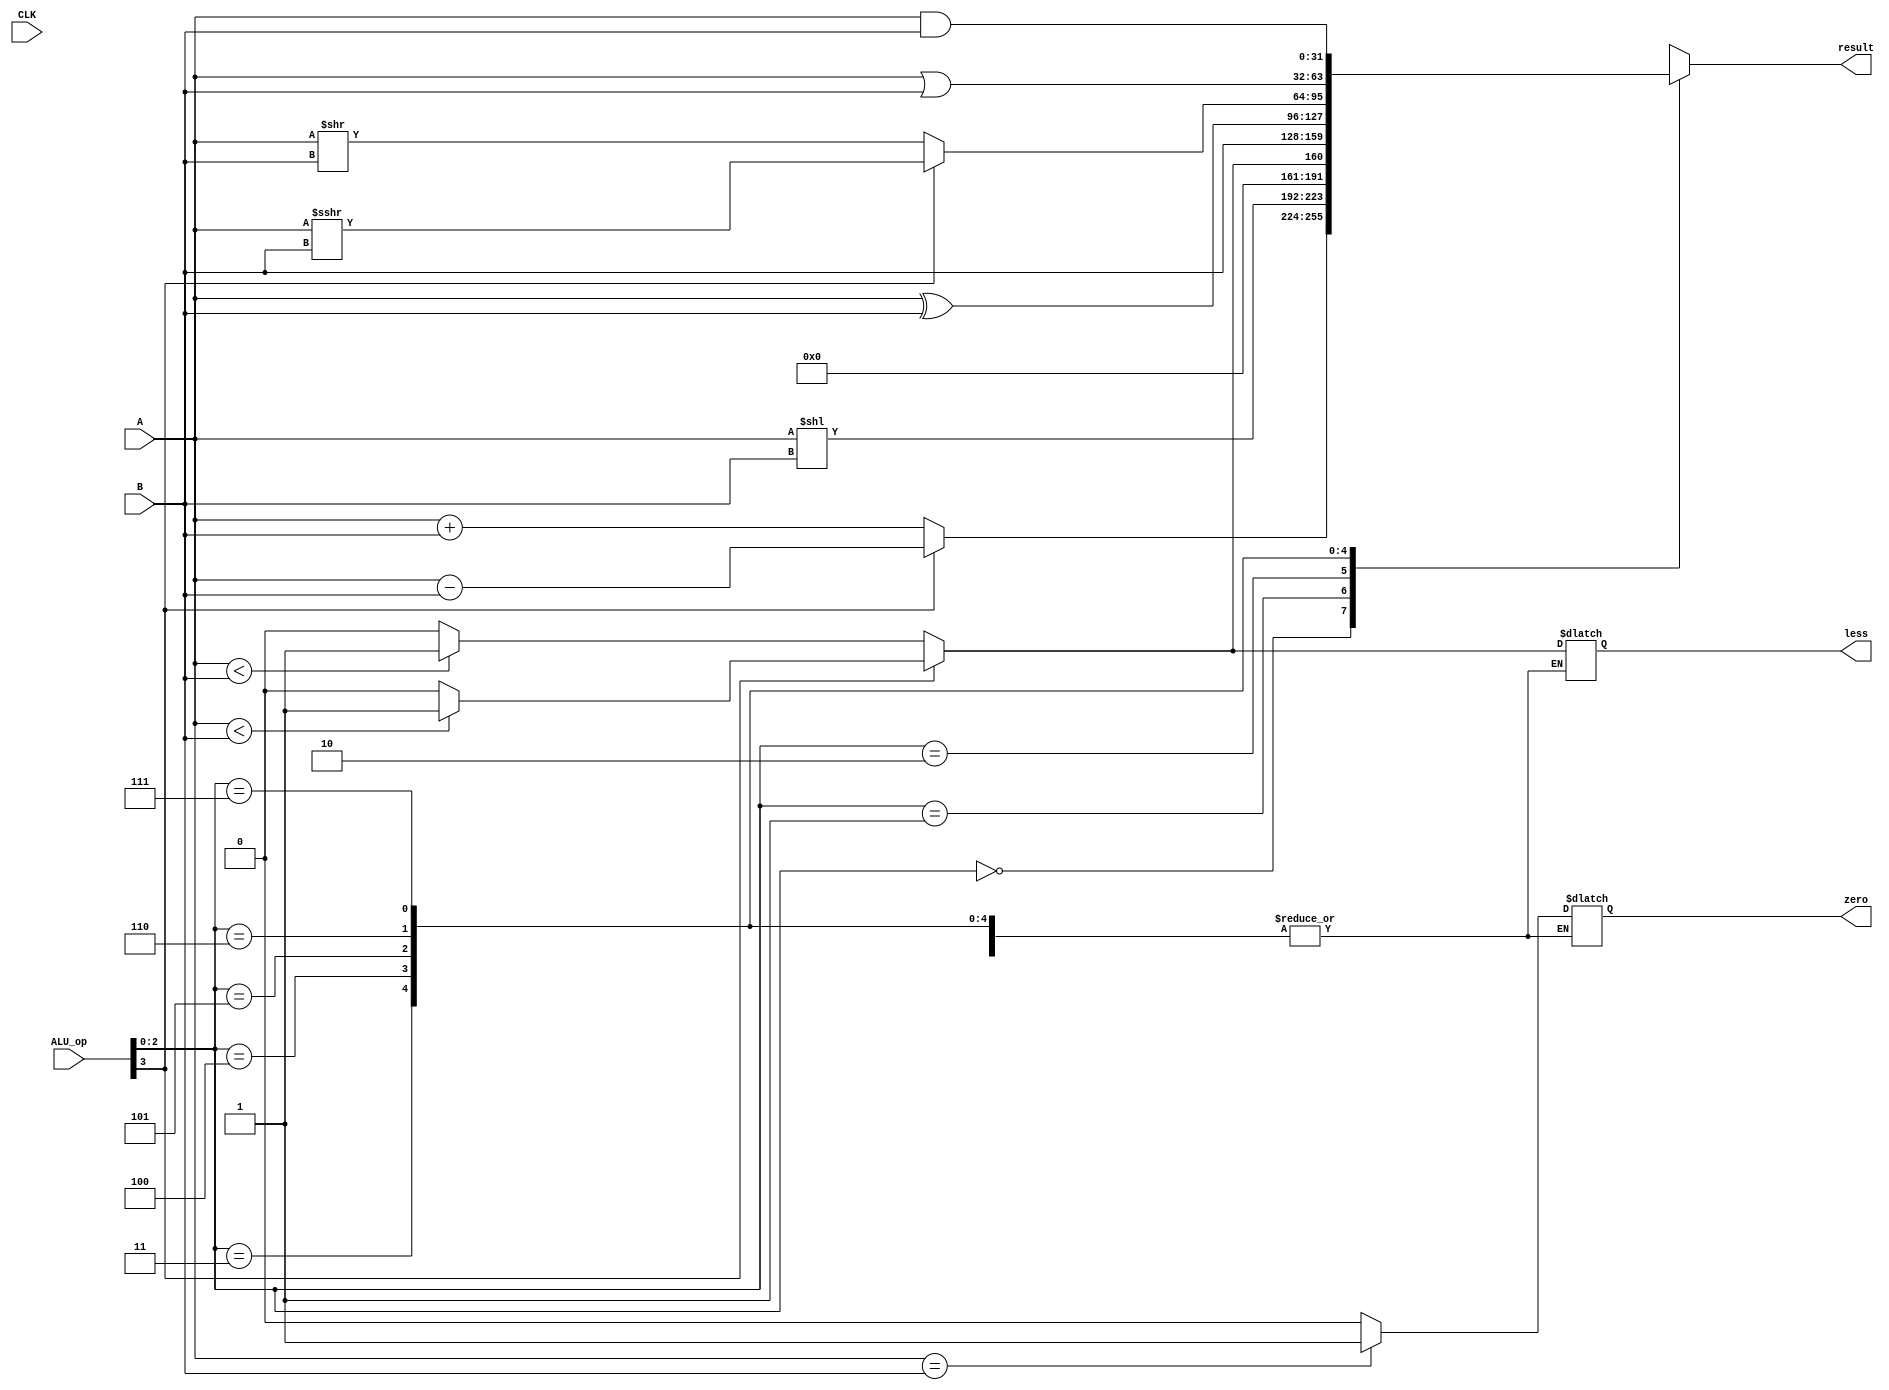
module ALU(
    input CLK,
    input [31:0] A,
    input [31:0] B,
    input [3:0] ALU_op,
    output [31:0] result,
    output zero,
    output less
);

    reg [31:0] result_reg;
    reg zero_reg,less_reg;
    
    always @(*) begin
        case(ALU_op[2:0])
            3'b000: result_reg = ALU_op[3] ? A - B : A + B;
            3'b001: result_reg = A << B;
            3'b010: begin
                result_reg = ALU_op[3] ? (A < B ? 1'b1 : 1'b0) : ($signed(A) < $signed(B) ? 1'b1 : 1'b0);
                less_reg = result_reg;
                zero_reg = A == B ? 1'b1 : 1'b0;
            end
            3'b011: result_reg = B;
            3'b100: result_reg = A ^ B;
            3'b101: result_reg = ALU_op[3] ? A >>> B : A >> B;
            3'b110: result_reg = A | B;
            3'b111: result_reg = A & B;
            default: result_reg = 0;
        endcase
    end
    
    assign result = result_reg;
    assign zero = zero_reg;
    assign less = less_reg;
    
endmodule